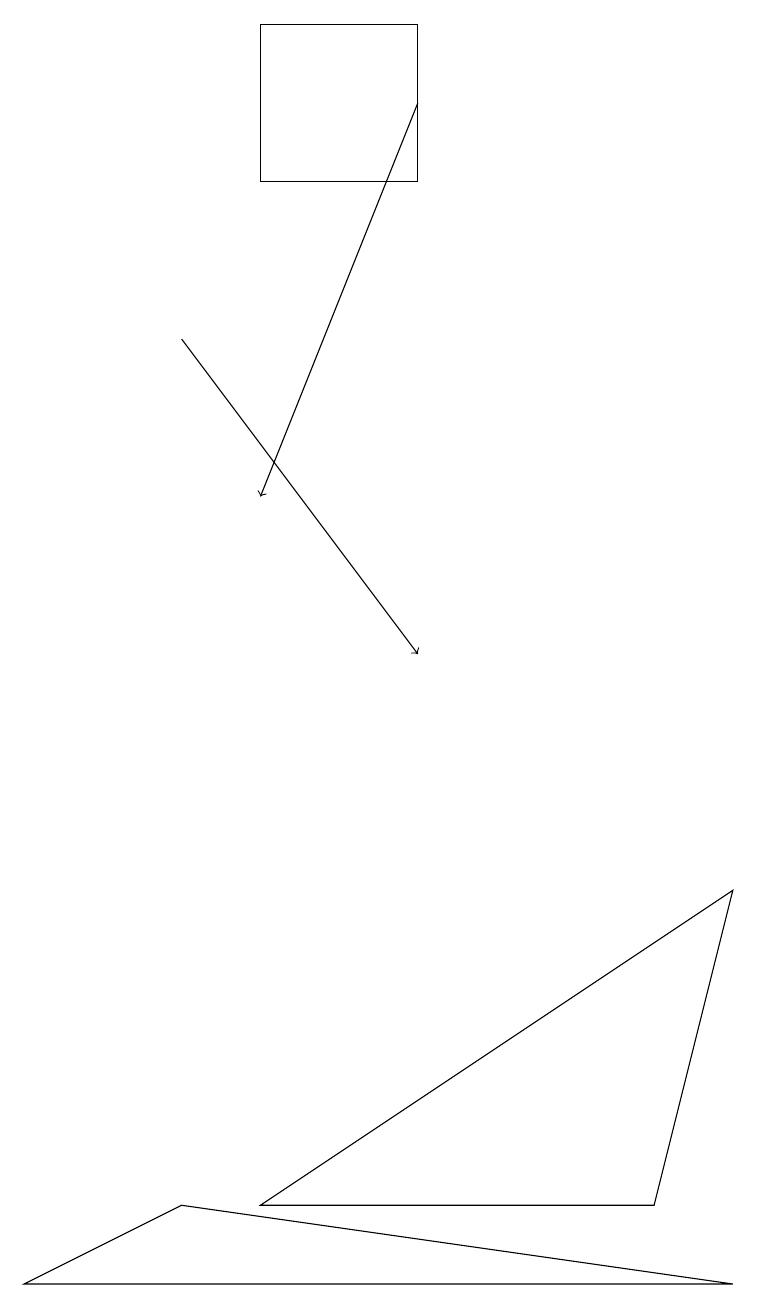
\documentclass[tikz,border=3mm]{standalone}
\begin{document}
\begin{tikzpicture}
\draw (8,4) -- (9,8) -- (3,4) -- cycle;
\draw (5,19) rectangle (3,17);
\draw[->] (2,15) -- (5,11);
\draw (2,4) -- (9,3) -- (0,3) -- cycle;
\draw[->] (5,18) -- (3,13);
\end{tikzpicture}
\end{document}